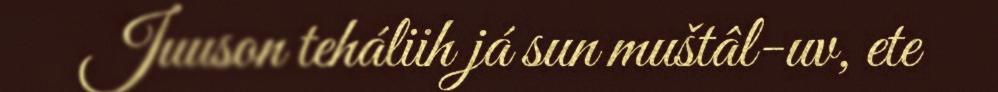
Juuson teháliih já sun muštâl-uv, ete